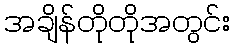
အချိန်တိုတိုအတွင်း